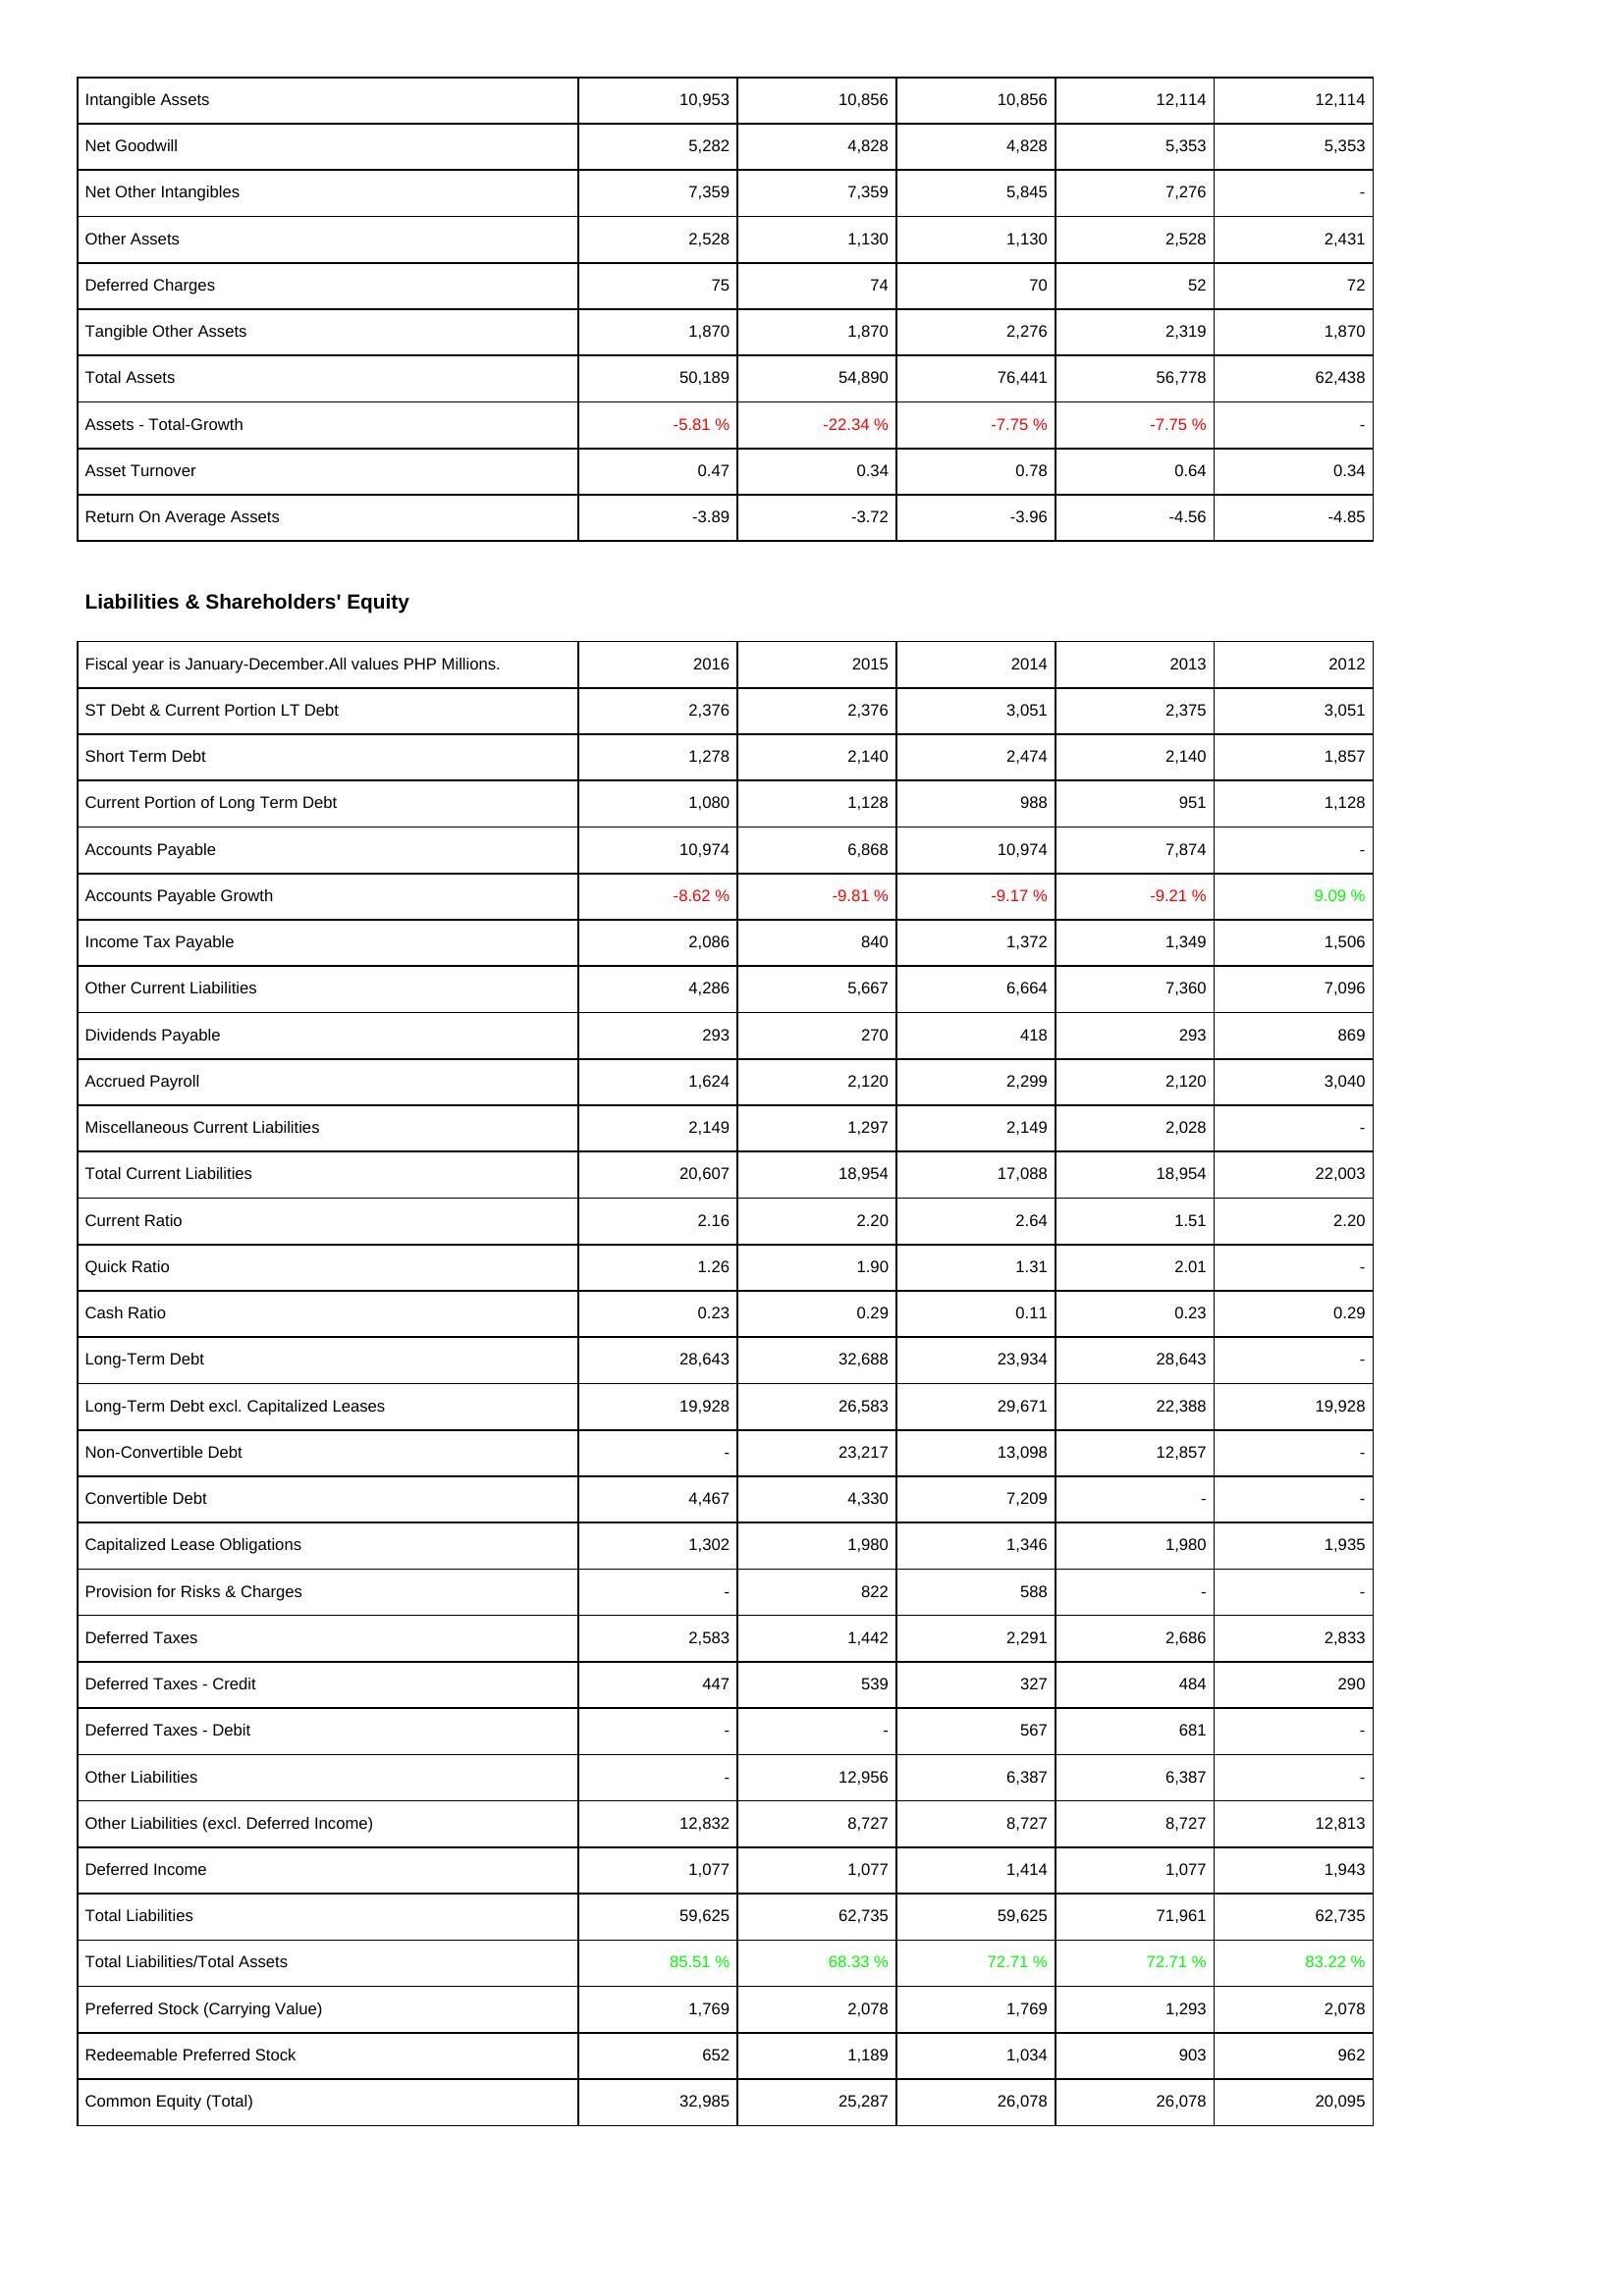
2016: Assets: Intangible Assets: 10,953
Net Goodwill: 5,282
Net Other Intangibles: 7,359
Other Assets: 2,528
Deferred Charges: 75
Tangible Other Assets: 1,870
Total Assets: 50,189
Assets - Total-Growth: -5.81 %
Asset Turnover: 0.47
Return On Average Assets: -3.89
Liabilities & Shareholders' Equity: ST Debt & Current Portion LT Debt: 2,376
Short Term Debt: 1,278
Current Portion of Long Term Debt: 1,080
Accounts Payable: 10,974
Accounts Payable Growth: -8.62 %
Income Tax Payable: 2,086
Other Current Liabilities: 4,286
Dividends Payable: 293
Accrued Payroll: 1,624
Miscellaneous Current Liabilities: 2,149
Total Current Liabilities: 20,607
Current Ratio: 2.16
Quick Ratio: 1.26
Cash Ratio: 0.23
Long-Term Debt: 28,643
Long-Term Debt excl. Capitalized Leases: 19,928
Non-Convertible Debt: -
Convertible Debt: 4,467
Capitalized Lease Obligations: 1,302
Provision for Risks & Charges: -
Deferred Taxes: 2,583
Deferred Taxes - Credit: 447
Deferred Taxes - Debit: -
Other Liabilities: -
Other Liabilities (excl. Deferred Income): 12,832
Deferred Income: 1,077
Total Liabilities: 59,625
Total Liabilities/Total Assets: 85.51 %
Preferred Stock (Carrying Value): 1,769
Redeemable Preferred Stock: 652
Common Equity (Total): 32,985
2015: Assets: Intangible Assets: 10,856
Net Goodwill: 4,828
Net Other Intangibles: 7,359
Other Assets: 1,130
Deferred Charges: 74
Tangible Other Assets: 1,870
Total Assets: 54,890
Assets - Total-Growth: -22.34 %
Asset Turnover: 0.34
Return On Average Assets: -3.72
Liabilities & Shareholders' Equity: ST Debt & Current Portion LT Debt: 2,376
Short Term Debt: 2,140
Current Portion of Long Term Debt: 1,128
Accounts Payable: 6,868
Accounts Payable Growth: -9.81 %
Income Tax Payable: 840
Other Current Liabilities: 5,667
Dividends Payable: 270
Accrued Payroll: 2,120
Miscellaneous Current Liabilities: 1,297
Total Current Liabilities: 18,954
Current Ratio: 2.20
Quick Ratio: 1.90
Cash Ratio: 0.29
Long-Term Debt: 32,688
Long-Term Debt excl. Capitalized Leases: 26,583
Non-Convertible Debt: 23,217
Convertible Debt: 4,330
Capitalized Lease Obligations: 1,980
Provision for Risks & Charges: 822
Deferred Taxes: 1,442
Deferred Taxes - Credit: 539
Deferred Taxes - Debit: -
Other Liabilities: 12,956
Other Liabilities (excl. Deferred Income): 8,727
Deferred Income: 1,077
Total Liabilities: 62,735
Total Liabilities/Total Assets: 68.33 %
Preferred Stock (Carrying Value): 2,078
Redeemable Preferred Stock: 1,189
Common Equity (Total): 25,287
2014: Assets: Intangible Assets: 10,856
Net Goodwill: 4,828
Net Other Intangibles: 5,845
Other Assets: 1,130
Deferred Charges: 70
Tangible Other Assets: 2,276
Total Assets: 76,441
Assets - Total-Growth: -7.75 %
Asset Turnover: 0.78
Return On Average Assets: -3.96
Liabilities & Shareholders' Equity: ST Debt & Current Portion LT Debt: 3,051
Short Term Debt: 2,474
Current Portion of Long Term Debt: 988
Accounts Payable: 10,974
Accounts Payable Growth: -9.17 %
Income Tax Payable: 1,372
Other Current Liabilities: 6,664
Dividends Payable: 418
Accrued Payroll: 2,299
Miscellaneous Current Liabilities: 2,149
Total Current Liabilities: 17,088
Current Ratio: 2.64
Quick Ratio: 1.31
Cash Ratio: 0.11
Long-Term Debt: 23,934
Long-Term Debt excl. Capitalized Leases: 29,671
Non-Convertible Debt: 13,098
Convertible Debt: 7,209
Capitalized Lease Obligations: 1,346
Provision for Risks & Charges: 588
Deferred Taxes: 2,291
Deferred Taxes - Credit: 327
Deferred Taxes - Debit: 567
Other Liabilities: 6,387
Other Liabilities (excl. Deferred Income): 8,727
Deferred Income: 1,414
Total Liabilities: 59,625
Total Liabilities/Total Assets: 72.71 %
Preferred Stock (Carrying Value): 1,769
Redeemable Preferred Stock: 1,034
Common Equity (Total): 26,078
2013: Assets: Intangible Assets: 12,114
Net Goodwill: 5,353
Net Other Intangibles: 7,276
Other Assets: 2,528
Deferred Charges: 52
Tangible Other Assets: 2,319
Total Assets: 56,778
Assets - Total-Growth: -7.75 %
Asset Turnover: 0.64
Return On Average Assets: -4.56
Liabilities & Shareholders' Equity: ST Debt & Current Portion LT Debt: 2,375
Short Term Debt: 2,140
Current Portion of Long Term Debt: 951
Accounts Payable: 7,874
Accounts Payable Growth: -9.21 %
Income Tax Payable: 1,349
Other Current Liabilities: 7,360
Dividends Payable: 293
Accrued Payroll: 2,120
Miscellaneous Current Liabilities: 2,028
Total Current Liabilities: 18,954
Current Ratio: 1.51
Quick Ratio: 2.01
Cash Ratio: 0.23
Long-Term Debt: 28,643
Long-Term Debt excl. Capitalized Leases: 22,388
Non-Convertible Debt: 12,857
Convertible Debt: -
Capitalized Lease Obligations: 1,980
Provision for Risks & Charges: -
Deferred Taxes: 2,686
Deferred Taxes - Credit: 484
Deferred Taxes - Debit: 681
Other Liabilities: 6,387
Other Liabilities (excl. Deferred Income): 8,727
Deferred Income: 1,077
Total Liabilities: 71,961
Total Liabilities/Total Assets: 72.71 %
Preferred Stock (Carrying Value): 1,293
Redeemable Preferred Stock: 903
Common Equity (Total): 26,078
2012: Assets: Intangible Assets: 12,114
Net Goodwill: 5,353
Net Other Intangibles: -
Other Assets: 2,431
Deferred Charges: 72
Tangible Other Assets: 1,870
Total Assets: 62,438
Assets - Total-Growth: -
Asset Turnover: 0.34
Return On Average Assets: -4.85
Liabilities & Shareholders' Equity: ST Debt & Current Portion LT Debt: 3,051
Short Term Debt: 1,857
Current Portion of Long Term Debt: 1,128
Accounts Payable: -
Accounts Payable Growth: 9.09 %
Income Tax Payable: 1,506
Other Current Liabilities: 7,096
Dividends Payable: 869
Accrued Payroll: 3,040
Miscellaneous Current Liabilities: -
Total Current Liabilities: 22,003
Current Ratio: 2.20
Quick Ratio: -
Cash Ratio: 0.29
Long-Term Debt: -
Long-Term Debt excl. Capitalized Leases: 19,928
Non-Convertible Debt: -
Convertible Debt: -
Capitalized Lease Obligations: 1,935
Provision for Risks & Charges: -
Deferred Taxes: 2,833
Deferred Taxes - Credit: 290
Deferred Taxes - Debit: -
Other Liabilities: -
Other Liabilities (excl. Deferred Income): 12,813
Deferred Income: 1,943
Total Liabilities: 62,735
Total Liabilities/Total Assets: 83.22 %
Preferred Stock (Carrying Value): 2,078
Redeemable Preferred Stock: 962
Common Equity (Total): 20,095